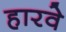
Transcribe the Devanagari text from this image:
हारवे